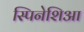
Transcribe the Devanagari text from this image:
स्पिनेशिआ